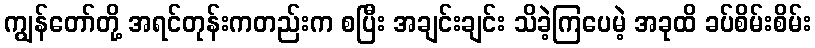
ကျွန်တော်တို့ အရင်တုန်းကတည်းက စပြီး အချင်းချင်း သိခဲ့ကြပေမဲ့ အခုထိ ခပ်စိမ်းစိမ်း